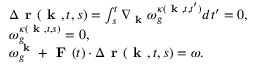
\begin{array} { r l } & { \Delta \textbf { r } ( \textbf { k } , t , s ) = \int _ { s } ^ { t } \nabla _ { \textbf { k } } \omega _ { g } ^ { \kappa ( \textbf { k } , t , t ^ { \prime } ) } d t ^ { \prime } = 0 , } \\ & { \omega _ { g } ^ { \kappa ( \textbf { k } , t , s ) } = 0 , } \\ & { \omega _ { g } ^ { \textbf { k } } + \textbf { F } ( t ) \cdot \Delta \textbf { r } ( \textbf { k } , t , s ) = \omega . } \end{array}